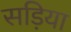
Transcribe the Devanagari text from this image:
सड़िया